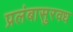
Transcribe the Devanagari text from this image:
प्रलंबासुरवध